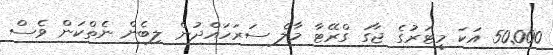
50